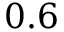
0 . 6